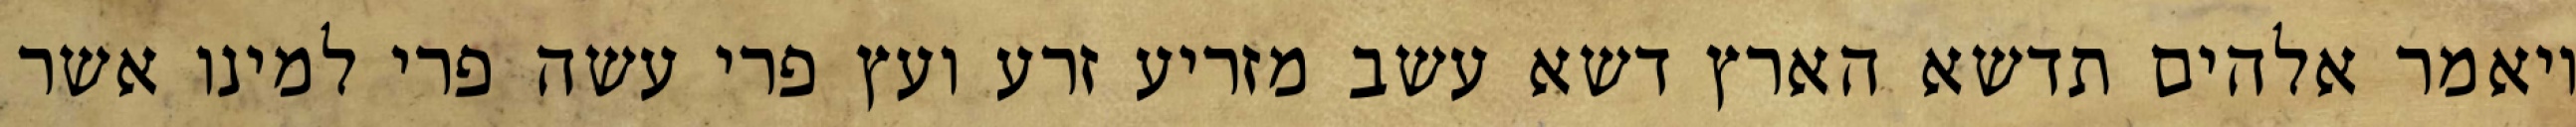
ויאמר אלהים תדשא הארץ דשא עשב מזריע זרע ועץ פרי עשה פרי למינו אשר